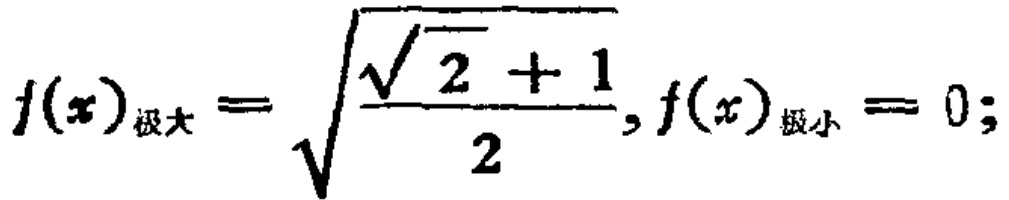
\[f(x)_{极大}=\sqrt{\frac{\sqrt{2} + 1}{2}}, f(x)_{极小}=0;\]